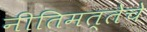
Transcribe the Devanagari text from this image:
नीतिमत्तेचे